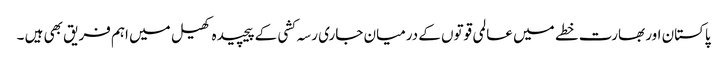
پاکستان اور بھارت خطے میں عالمی قوتوں کے درمیان جاری رسہ کشی کے پیچیدہ کھیل میں اہم فریق بھی ہیں ۔